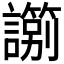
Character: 𧭀